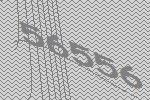
56556